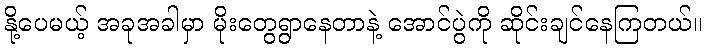
နို့ပေမယ့် အခုအခါမှာ မိုးတွေရွာနေတာနဲ့ အောင်ပွဲကို ဆိုင်းချင်နေကြတယ်။